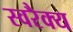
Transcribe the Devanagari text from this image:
स्वरैक्य